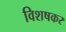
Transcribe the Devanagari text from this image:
विशषकर